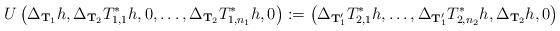
LaTeX: \begin{align*}U\left(\Delta_{{\bf T}_1}h, \Delta_{{\bf T}_2}T_{1,1}^*h, 0,\ldots, \Delta_{{\bf T}_2}T_{1,n_1}^*h, 0\right):=\left(\Delta_{{\bf T}_1'}T_{2,1}^*h, \ldots, \Delta_{{\bf T}_1'}T_{2,n_2}^*h,\Delta_{{\bf T}_2}h, 0\right)\end{align*}